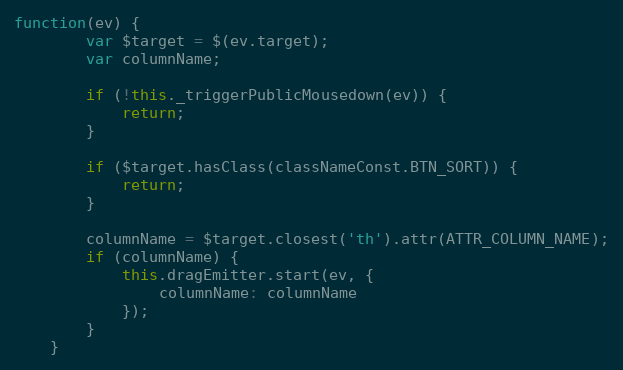
Language: JavaScript
function(ev) {
        var $target = $(ev.target);
        var columnName;

        if (!this._triggerPublicMousedown(ev)) {
            return;
        }

        if ($target.hasClass(classNameConst.BTN_SORT)) {
            return;
        }

        columnName = $target.closest('th').attr(ATTR_COLUMN_NAME);
        if (columnName) {
            this.dragEmitter.start(ev, {
                columnName: columnName
            });
        }
    }